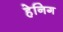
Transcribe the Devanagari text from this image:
हेनिग